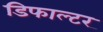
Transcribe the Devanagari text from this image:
डिफाल्टर